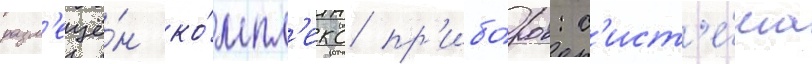
разм'ещё́н ко́мпл'екс пр'ибо́ров: с'ист'е́ма